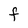
Character: F